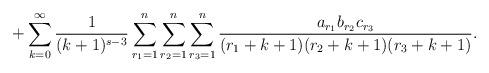
LaTeX: \begin{align*}+\sum_{k=0}^{\infty}\frac{1}{(k+1)^{s-3}}\sum_{r_1=1}^{n}\sum_{r_2=1}^{n}\sum_{r_3=1}^{n}\frac{a_{r_1}b_{r_2}c_{r_3}}{(r_1+k+1)(r_2+k+1)(r_3+k+1)}.\end{align*}